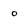
Character: o